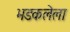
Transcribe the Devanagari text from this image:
भडकलेला